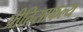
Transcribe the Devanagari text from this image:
प्रीतिसाफल्य